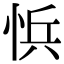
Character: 𭜾